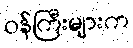
ဝန်ကြီးများက